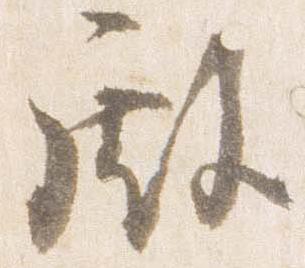
殿